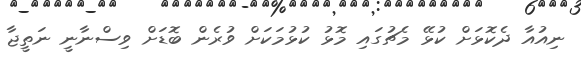
ނިއުއާ ދެކޮޅަށް ކުޅޭ މެޗުގައި މޮޅު ކުޅުމަކަށް ވުރެން ބޮޑަށް ވިސްނާނީ ނަތީޖާ